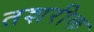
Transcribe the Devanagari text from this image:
तशरीक